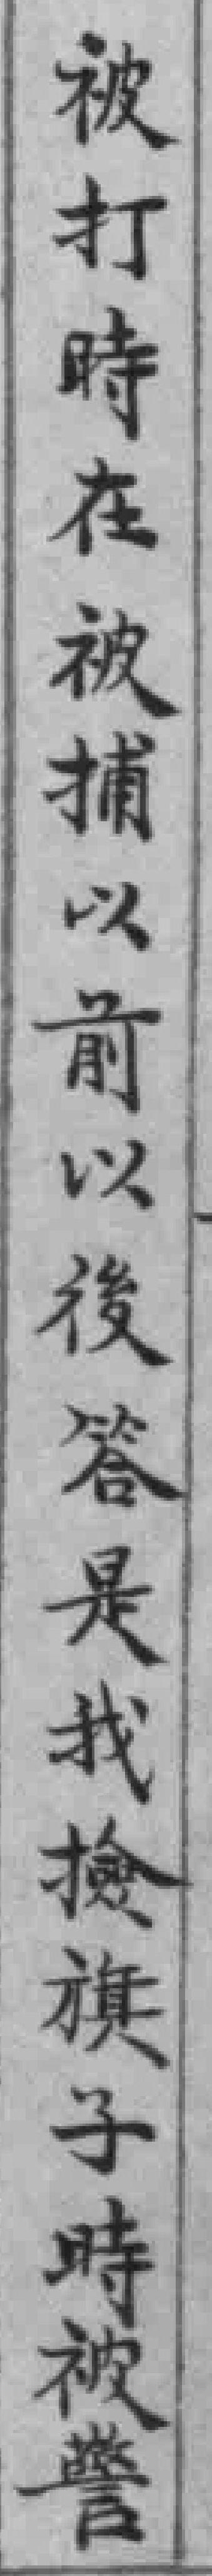
被打時在被捕以前以後答是我檢旗子時被警